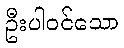
ဦးပါဝင်သော